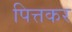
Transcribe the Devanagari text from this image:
पित्तकर